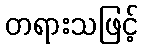
တရားသဖြင့်